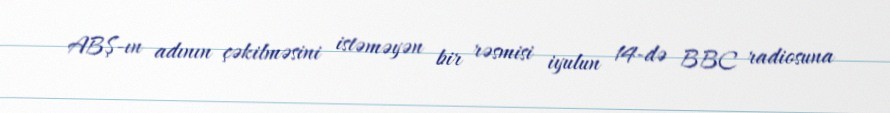
ABŞ-ın adının çəkilməsini istəməyən bir rəsmisi iyulun 14-də BBC radiosuna